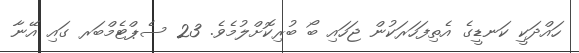
ހައްދަކީ ކަނޑީގެ އެތިފަހަރަކުން ޖަހައި ބޯ ބުރިކޮށްލުމެވެ. 23 ސެޕްޓެމްބަރ ގައި އޭނާ